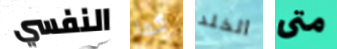
النفسي كما الخلد متى